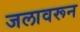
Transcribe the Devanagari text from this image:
जलावरून